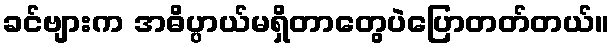
ခင်ဗျားက အဓိပ္ပာယ်မရှိတာတွေပဲပြောတတ်တယ်။